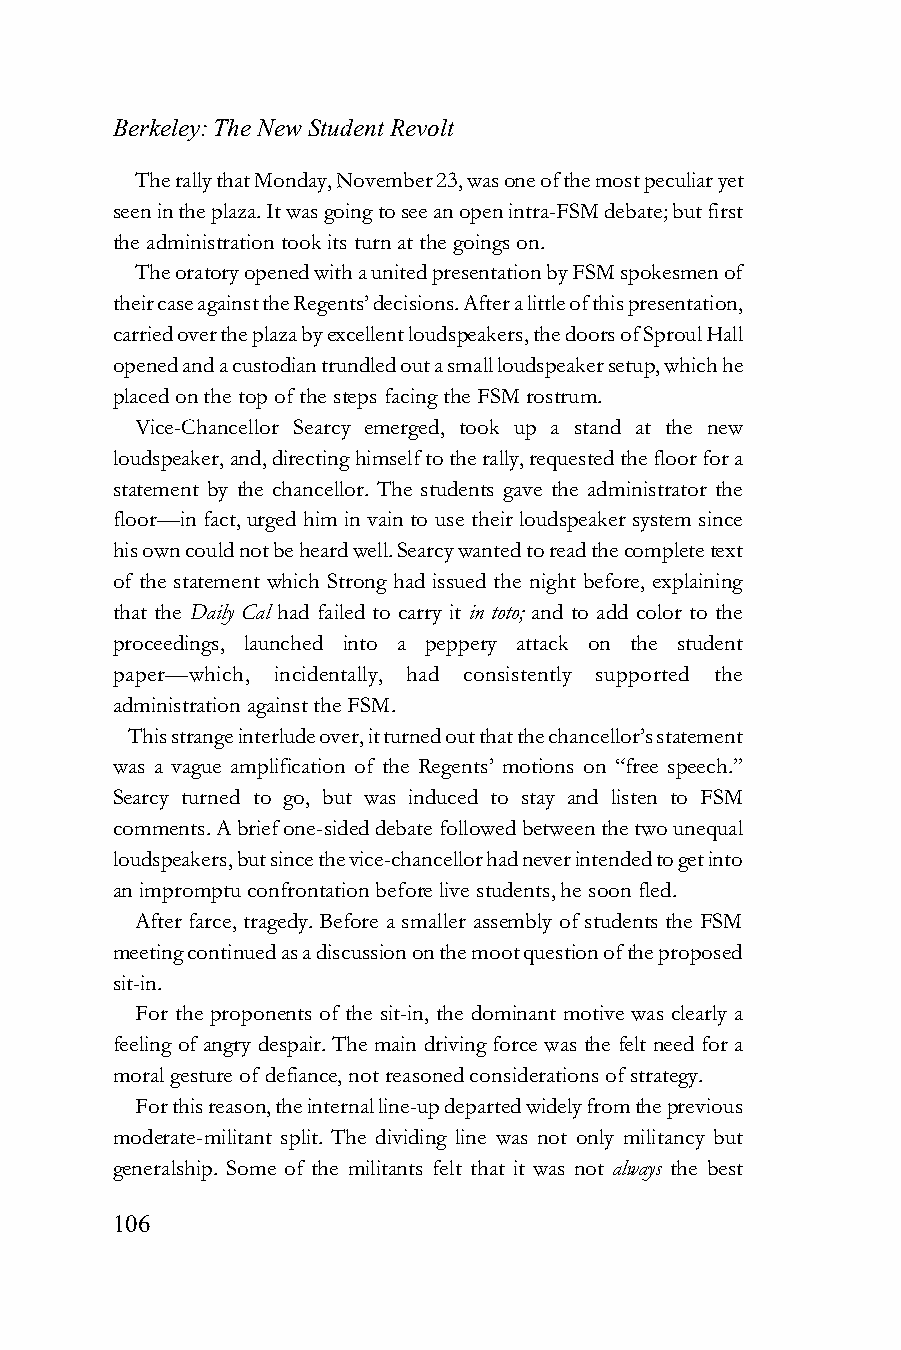
Berkeley: The New Student Revolt
 The rally that Monday, November 23, was one of the most peculiar yet
 seen in the plaza. It was going to see an open intra-FSM debate; but first
 the administration took its turn at the goings on.
 The oratory opened with a united presentation by FSM spokesmen of
 their case against the Regents’ decisions. After a little of this presentation,
 carried over the plaza by excellent loudspeakers, the doors of Sproul Hall
 opened and a custodian trundled out a small loudspeaker setup, which he
 placed on the top of the steps facing the FSM rostrum.
 Vice-Chancellor Searcy emerged, took up a stand at the new
 loudspeaker, and, directing himself to the rally, requested the floor for a
 statement by the chancellor. The students gave the administrator the
 floor—in fact, urged him in vain to use their loudspeaker system since
 his own could not be heard well. Searcy wanted to read the complete text
 of the statement which Strong had issued the night before, explaining
 that the Daily Cal had failed to carry it in toto; and to add color to the
 proceedings, launched into a peppery attack on the student
 paper—which, incidentally, had consistently supported the
 administration against the FSM.
 This strange interlude over, it turned out that the chancellor’s statement
 was a vague amplification of the Regents’ motions on “free speech.”
 Searcy turned to go, but was induced to stay and listen to FSM
 comments. A brief one-sided debate followed between the two unequal
 loudspeakers, but since the vice-chancellor had never intended to get into
 an impromptu confrontation before live students, he soon fled.
 After farce, tragedy. Before a smaller assembly of students the FSM
 meeting continued as a discussion on the moot question of the proposed
 sit-in.
 For the proponents of the sit-in, the dominant motive was clearly a
 feeling of angry despair. The main driving force was the felt need for a
 moral gesture of defiance, not reasoned considerations of strategy.
 For this reason, the internal line-up departed widely from the previous
 moderate-militant split. The dividing line was not only militancy but
 generalship. Some of the militants felt that it was not always the best
 106